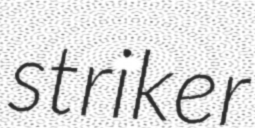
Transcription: striker